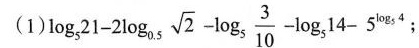
(1)$$\log _ { 5 } 2 1 - 2 \log _ { 0 . 5 } \sqrt { 2 } - \log _ { 5 } \frac { 3 } { 1 0 } - \log _ { 5 } 1 4 - 5 ^ { \log _ { 5 } ^ { 4 } }$$ ；